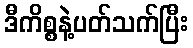
ဒီကိစ္စနဲ့ပတ်သက်ပြီး